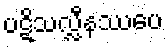
ပဋိသလ္လီနဿပေ